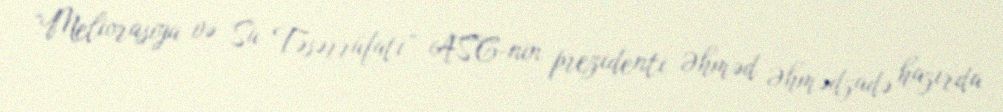
“Meliorasiya və Su Təsərrüfatı” ASC-nin prezidenti Əhməd Əhmədzadə hazırda